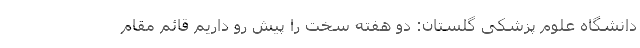
دانشگاه علوم پزشکی گلستان: دو هفته سخت را پیش‌ رو داریم قائم مقام